Leaving Certificate Examination, 1906
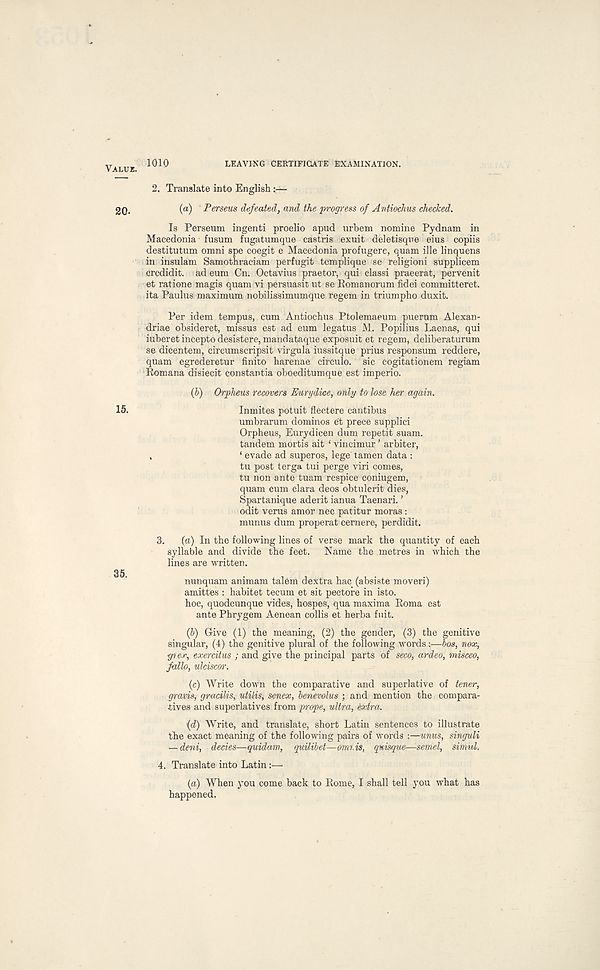
1010
LEAVING CEBTIFIGATE EXAMINATION.
2.
Translate into English
(a)
' Per
Is Perseum ingenti proelio apud urbem nomine Pydnam in
Macedonia fusum fugatumque castris exuit deletisqne eius copiis
destitutum omni spe coegit e Macedonia profugere, quam ille linquens
in insulam Samothraciam perfugit templique se religioni supplicem
crcdidit. ad eum Cn. Octavius praetor, qui classi praeerat, pervenit
et ratione magis quam vi persuasit ut se Eomanorum fidei committeret.
ita Paulus maximum nobilissimumque regem in triumpho duxit.
Per idem tempus, cum Antiochus Ptolemaeum puerum Alexan-
driae obsideret, missus est ad eum legatus M. Popilius Laenas, qui
iuberet incepto desistere,mandataque exposuit et regem, deliberaturum
se dicentem, circumscripsit virgula iussitque prius responsum reddere,
quam egrederetur finito harenae circulo. sic cogitationem regiam
Romana disiecit constantia oboeditumque est imperio.
(b) Orpheus recovers Eurydice, only to lose her again.
Inmites potuit flectere cantibus
umbrarum dominos e't prece supplici
Orpheus, Eurydicen dum repetit suam.
tandem mortis ait ‘ vincimur ’ arbiter,
.
‘ evade ad superos, lege tamen data :
tu post terga tui perge viri comes,
tu non ante tuam respice coniugem,
quam cum clara deos obtulerit dies,
Spartanique aderit ianua Taenari. ’
odit verus amor nec patitur moras :
munus dum properat cernere, perdidit.
3.
(a) In the following lines of verse mark the quantity of each
syllable and divide the feet.
Name the metres in which the
lines are written.
nunquam animam talem dextra hac (absiste moveri)
amittes : habitet tecum et sit pectore in isto.
hoc, quodcunque vides, hospes, qua maxima Roma est
ante Phrygem Aenean collis et herba fuit.
Q>) Give (1) the meaning, (2) the gender, (3) the genitive
singular, (4) the genitive plural of the following words:—bos, nox,
gi ex, exercitus ; and give the principal parts of seco, ardeo, misceo,
folio, ulciscor.
(c) Write down the comparative and superlative of tener,
gravis, gracilis, utilis, senex, benevolus ; and mention the compara-
tives and superlatives from prope, ultra, extra.
ifl) Write, and translate, short Latin sentences to illustrate
the exact meaning of the following pairs of words :—unus, singuli
— deni, decies—quidam, quilibet—omris, quisque—semel, simul.
4. Translate into Latin:—
(a) When you come back to Rome, I shall tell you what has
happened.